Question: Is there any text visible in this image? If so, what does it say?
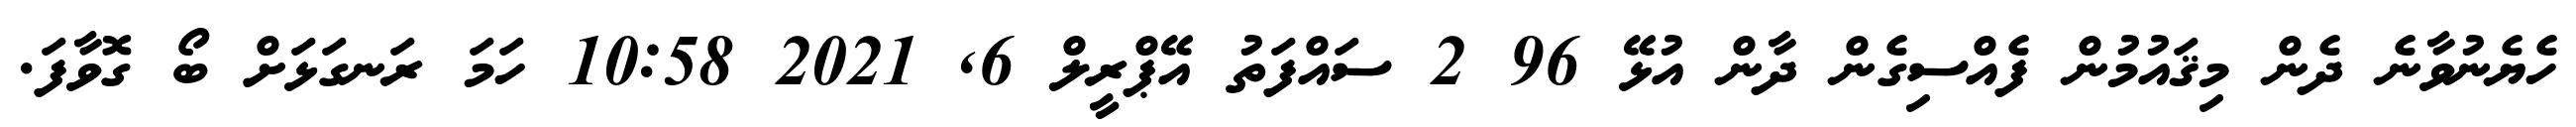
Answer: ހެޔެނުވާނެ ދެން މިޤައުމުން ފެއްސިގެން ދާން އުޅޭ 96 2 ސައްފަތު އޭޕްރީލް 6, 2021 10:58 ހަމަ ރަނގަޅަށް ބޯ ގޮވާފަ.